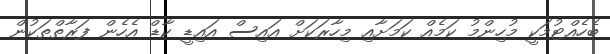
ބެހެއްޓުމަކީ މުހިންމު ކަމެއް ކަމަށާއި މިހާރަކަށް އައިސް އައިޑީ ކާޑް އެހެން ފަރާތްތަކުން